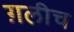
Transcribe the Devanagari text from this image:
ग़लीच